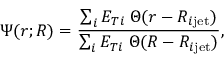
\Psi ( r ; R ) = \frac { \sum _ { i } E _ { T i } \; \Theta ( r - R _ { i \mathrm { j e t } } ) } { \sum _ { i } E _ { T i } \; \Theta ( R - R _ { i \mathrm { j e t } } ) } ,